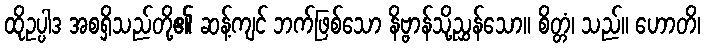
ထိုဥပ္ပါဒ အစရှိသည်တို့၏ ဆန့်ကျင် ဘက်ဖြစ်သော နိဗ္ဗာန်သို့ညွှန်သော။ စိတ္တံ၊ သည်။ ဟောတိ၊